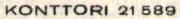
KONTTORI 21 589